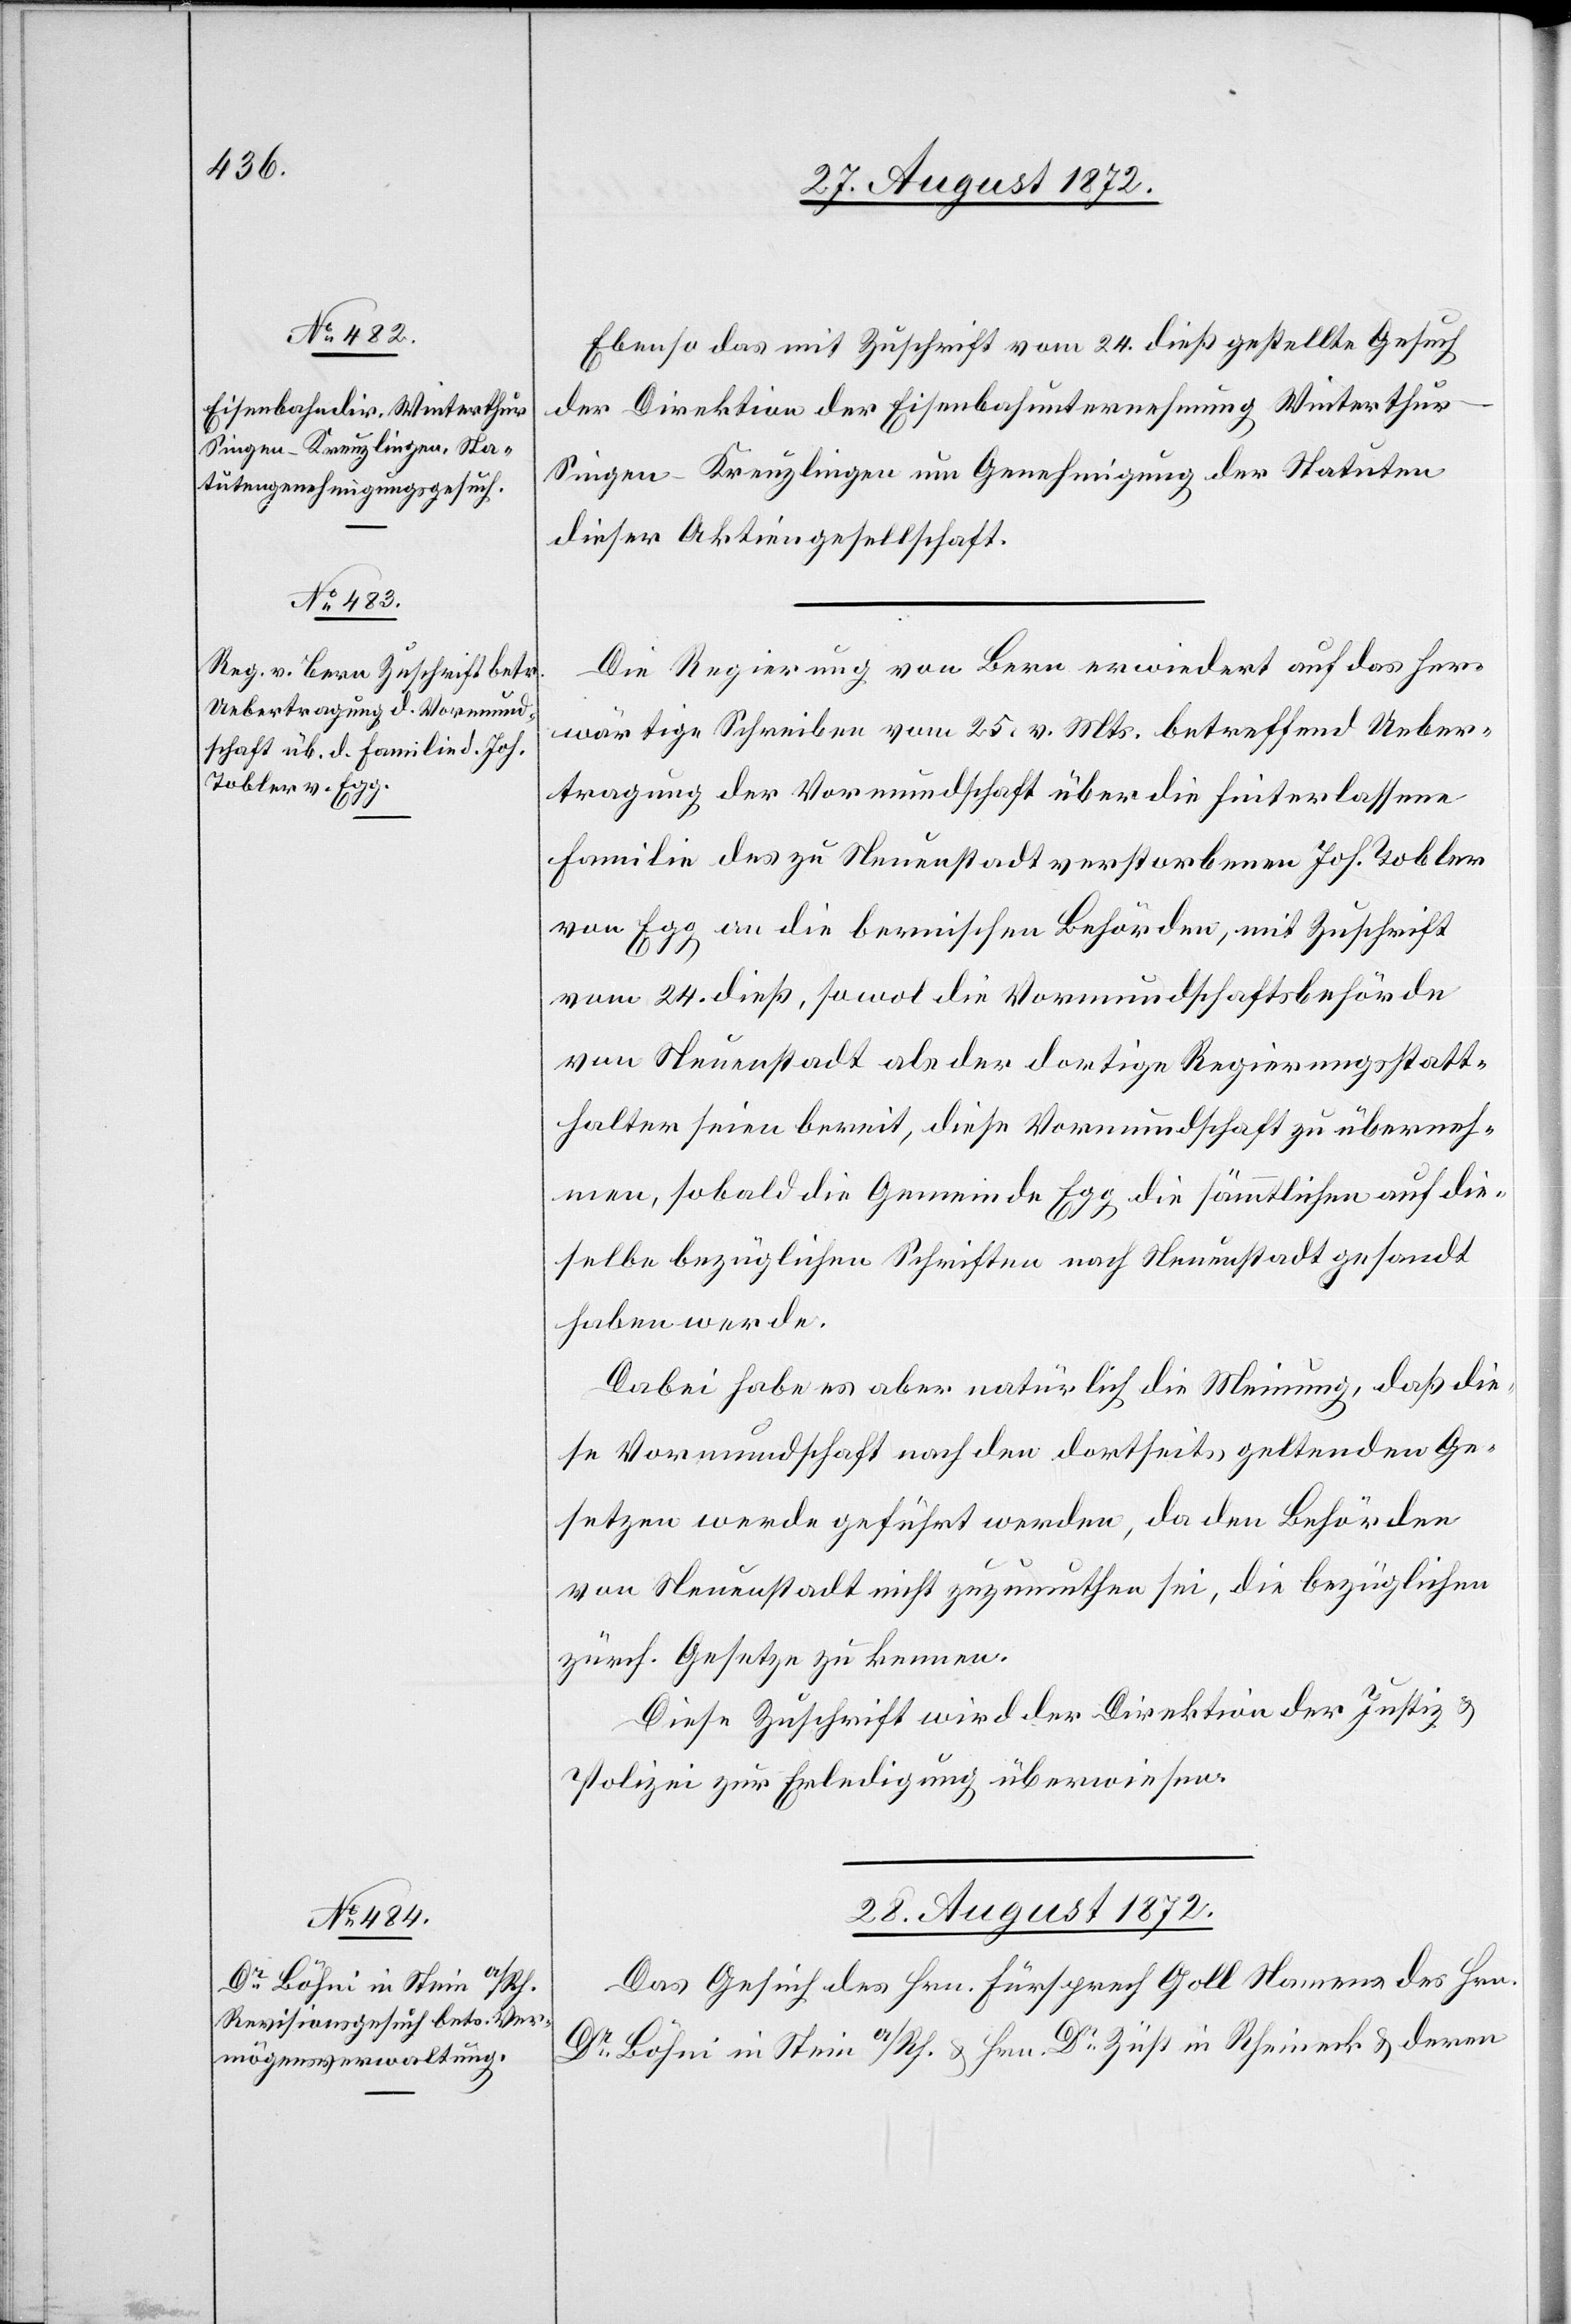
Ebenso das mit Zuschrift vom 24. dieß gestellte Gesuch
der Direktion der Eisenbahnunternehmung Winterthu¬
r–Singen–Kreuzlingen um Genehmigung der Statuten
dieser Aktiengesellschaft.
Die Regierung von Bern erwiedert auf das her¬
wärtige Schreiben vom 25. v. Mts. betreffend Ueber¬
tragung der Vormundschaft über die hinterlassene
Familie des zu Neuenstadt verstorbenen Joh. Tobler
von Egg an die bernischen Behörden, mit Zuschrift
vom 24. dieß, sowol die Vormundschaftsbehörde
von Neuenstadt als der dortige Regierungsstatt¬
halter seien bereit, diese Vormundschaft zu überneh¬
men, sobold die Gemeinde Egg die sämmtlichen auf die¬
selbe bezüglichen Schriften nach Neuenstadt gesandt
haben werde.
Dabei habe es aber natürlich die Meinung, daß die¬
se Vormundschaft nach den dortseits geltenden Ge¬
setzen werde geführt werden, da den Behörden
von Neuenstadt nicht zuzumuthen sei, die bezüglichen
zürch. Gesetze zu kennen.
Diese Zuschrift wird der Direktion der Justiz u.
Polizei zur Erledigung überwiesen.
28. August 1872.
Das Gesuch des Hrn. Fürsprech Goll Namens des Hrn.
Dr Böhni in Stein a/Rh. u. Hrn. Dr Züst in Rheineck u. deren